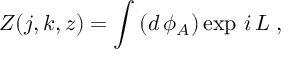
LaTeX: Z ( j , k , z ) = \int \, ( d \, \phi _ { A } ) \exp \, i \, L \; ,